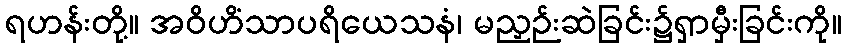
ရဟန်းတို့။ အဝိဟိံသာပရိယေသနံ၊ မညှဉ်းဆဲခြင်း၌ရှာမှီးခြင်းကို။